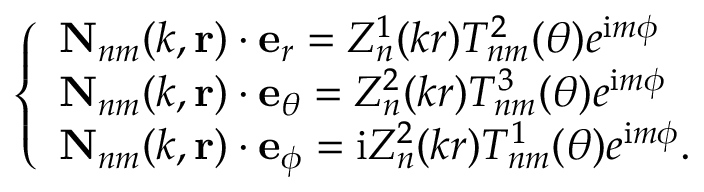
\left\{ \begin{array} { l l } { \mathbf { N } _ { n m } ( k , \mathbf { r } ) \cdot \mathbf { e } _ { r } = Z _ { n } ^ { 1 } ( k r ) T _ { n m } ^ { 2 } ( \theta ) e ^ { \mathrm { i } m \phi } } \\ { \mathbf { N } _ { n m } ( k , \mathbf { r } ) \cdot \mathbf { e } _ { \theta } = Z _ { n } ^ { 2 } ( k r ) T _ { n m } ^ { 3 } ( \theta ) e ^ { \mathrm { i } m \phi } } \\ { \mathbf { N } _ { n m } ( k , \mathbf { r } ) \cdot \mathbf { e } _ { \phi } = \mathrm { i } Z _ { n } ^ { 2 } ( k r ) T _ { n m } ^ { 1 } ( \theta ) e ^ { \mathrm { i } m \phi } . } \end{array} \right.